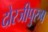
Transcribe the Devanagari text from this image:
दोरजीपुरुष